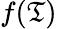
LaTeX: f(\mathfrak{T})